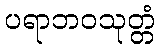
ပရာဘဝသုတ္တံ